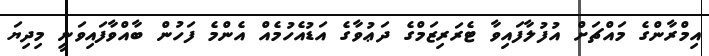
އިމްރާންގެ މައްޗަށް އުފުލާފައިވާ ޓެރަރިޒަމްގެ ދަޢުވާގެ އަޑުއެހުމެއް އެންމެ ފަހުން ބާއްވާފައިވަނީ މިދިޔަ